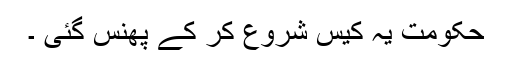
حکومت یہ کیس شروع کر کے پھنس گئی ۔